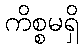
ကိစ္စမရှိ